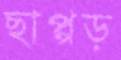
ছাপ্পড়